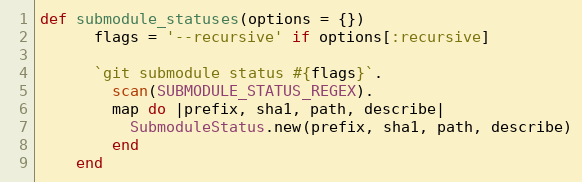
Language: Ruby
def submodule_statuses(options = {})
      flags = '--recursive' if options[:recursive]

      `git submodule status #{flags}`.
        scan(SUBMODULE_STATUS_REGEX).
        map do |prefix, sha1, path, describe|
          SubmoduleStatus.new(prefix, sha1, path, describe)
        end
    end